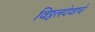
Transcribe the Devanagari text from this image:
विठ्ठलदेवाचे